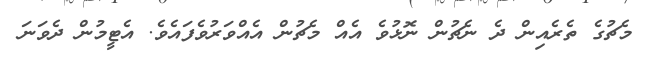
މެޗުގެ ތެރެއިން ދެ ނެޗުން ނޮޅުވެ އެއް މެޗުން އެއްވަރުވެފައެވެ. އެޓީމުން ދެވަނަ